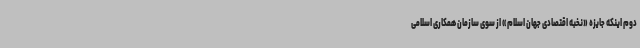
دوم اینکه جایزه «نخبه اقتصادی جهان اسلام» از سوی سازمان همکاری اسلامی